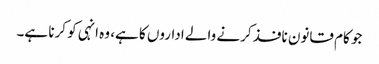
جو کام قانون نافذ کرنے والے اداروں کا ہے، وہ انہی کو کرنا ہے۔